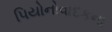
પિયોનોવાદકના